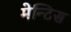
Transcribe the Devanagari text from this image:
मेन्टिस